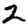
Digit: 2